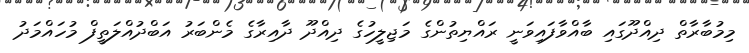
މިމުބާރާތް ދިއްދޫގައި ބާއްވާފައިވަނީ ރައްޔިތުންގެ މަޖިލީހުގެ ދިއްދޫ ދާއިރާގެ މެންބަރު އަބްދުއްލަތީފް މުހައްމަދު